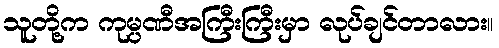
သူတို့က ကုမ္ပဏီအကြီးကြီးမှာ လုပ်ချင်တာလား။